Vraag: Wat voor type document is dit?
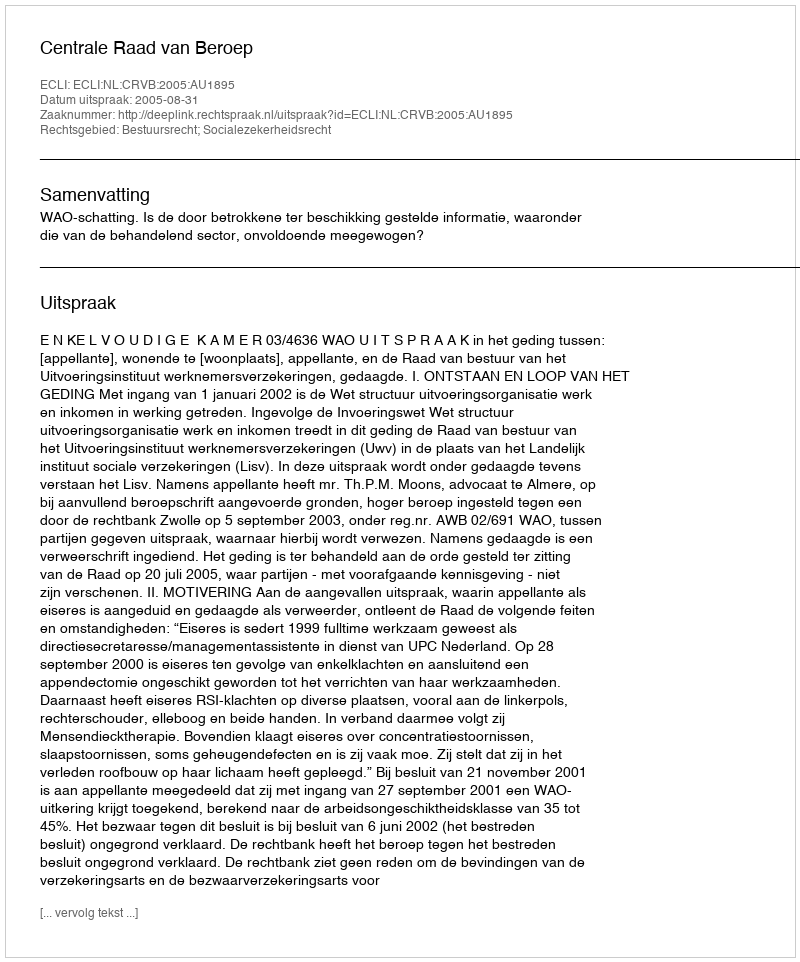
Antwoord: Uitspraak